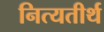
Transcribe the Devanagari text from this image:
नित्यतीर्थ